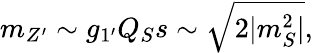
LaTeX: m_{Z^{\prime}}\sim g_{1^{\prime}}Q_{S}s\sim\sqrt{2|m_{S}^{2}|},